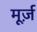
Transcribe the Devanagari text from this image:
मूर्ज़